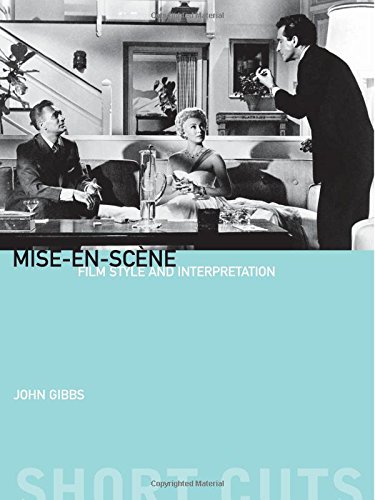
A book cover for Mise-en-scÃ¨ne: Mise-en-scene: Film Style and Interpretation (Short Cuts); John Gibbs; Humor & Entertainment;